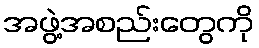
အဖွဲ့အစည်းတွေကို